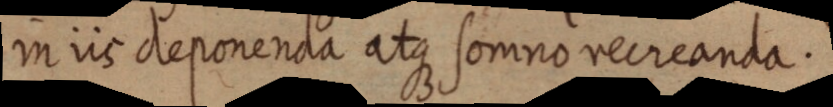
in iis deponenda atque somno recreanda.